Annual vaccination report of Bihar and Orissa - 1911-1928
Year: 1911
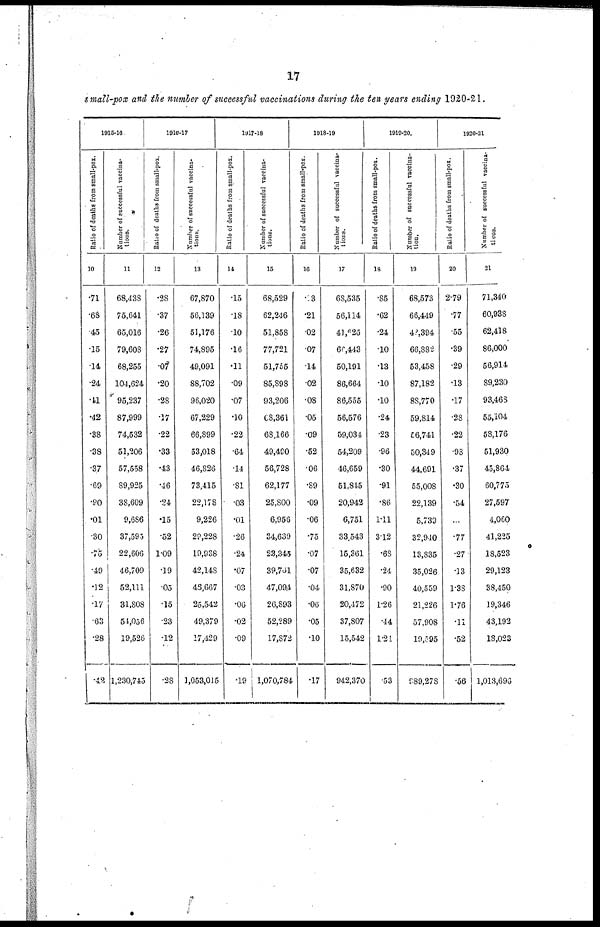
17
small-pox and the number of successful vaccinations during the ten years ending 1920-21.
1915-16
Ratio of deaths from small-pox.
10
.71
.68
.45
.15
.14
.24
.11
.42
.38
.38
.37
.69
.90
.01
.30
.75
.49
.12
.17
.63
.28
.42
Number of successful vaccina-
tions.
11
68,438
75,641
65,016
79,608
68,255
104,624
95,237
87,999
74,532
51,206
57,558
89,925
38,609
9,686
37,595
22,606
46,709
52,111
31,808
54,056
19,526
1,230,745
1916-17
Ratio of deaths from small-pox.
12
.28
.37
.26
.27
.07
.20
.28
.17
.22
.33
.43
.46
.24
.15
.52
1.09
.19
.05
.15
.23
.12
.28
Number of successful vaccina-
tions.
13
67,870
56,139
51,176
74,895
49,091
88,702
96,020
67,229
66,899
53,018
46,826
73,415
22,178
9,226
29,228
19,938
42,148
46,667
25,542
49,379
17,429
3,053,015
1917-18
Ratio of deaths from small-pox.
14
.15
.18
.10
.16
.11
.09
.07
.10
.22
.64
.14
.81
.03
.01
.26
.24
.07
.03
.06
.02
.09
.19
Number of successful vaccina-
tions.
15
68,529
62,246
51,858
77,721
51,755
85,898
93,206
68,361
68,166
49,490
56,728
62,177
25,800
6,956
34,639
23,345
39,761
47,094
26,893
52,289
17,872
1,070,784
1918-19
Ratio of deaths from small-pox.
16
.13
.21
.02
.07
.14
.02
.08
.05
.09
.52
.06
.89
.09
.06
.75
.07
.07
.04
.06
.05
.10
.17
Number of successful vaccina-
tions.
17
68,535
56,114
41,625
66,443
50,191
86,664
86,555
56,576
59,034
54,209
46,659
51,845
20,942
6,751
33,543
15,361
35,632
31,870
20,472
37,807
15,542
942,370
1919-20.
Ratio of deaths from small-pox.
18
.85
.62
.24
.10
.13
.10
.10
.24
.23
.96
.30
.91
.86
1.11
3.12
.68
.24
.90
1.26
.44
1.21
.53
Number of successful vaccina-
tion.
19
68,573
66,449
48,394
66,882
53,458
87,182
88,770
59,814
56,741
50,349
44,691
55,008
22,139
5,733
32,940
13,835
35,026
40,559
21,226
57,908
19,595
989,278
1920-21
Ratio of deaths from small-pox.
20
2.79
.77
.55
.39
.29
.13
.17
.28
.22
.98
.37
.30
.54
...
.77
.27
.13
1.38
1.76
.11
.52
.56
Number of successful vaccina-
tions.
21
71,340
60,938
62,418
86,000
56,914
89,230
93,468
55,104
58,176
51,930
45,864
60,775
27,597
4,060
41,225
18,523
29,123
38,450
19,346
43,192
18,023
1,013,696